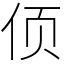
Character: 㑔